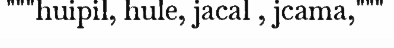
"""huipil, hule, jacal , jcama,"""